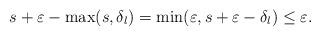
LaTeX: \begin{align*}s+\varepsilon- \max(s, \delta_l) = \min(\varepsilon, s+\varepsilon-\delta_l) \leq \varepsilon.\end{align*}